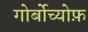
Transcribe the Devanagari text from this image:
गोर्बोच्योफ़